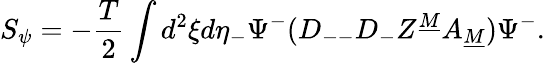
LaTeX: S_{\psi}=-{\frac{T}{2}}\int d^{2}\xi d\eta_{-}\Psi^{-}(D_{--}D_{-}Z^{\underline{{M}}}A_{\underline{{M}}})\Psi^{-}.